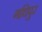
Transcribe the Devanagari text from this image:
गधिपुर